Annual report on the working of the mental hospitals in the Madras Presidency - 1912-1932
Year: 1912
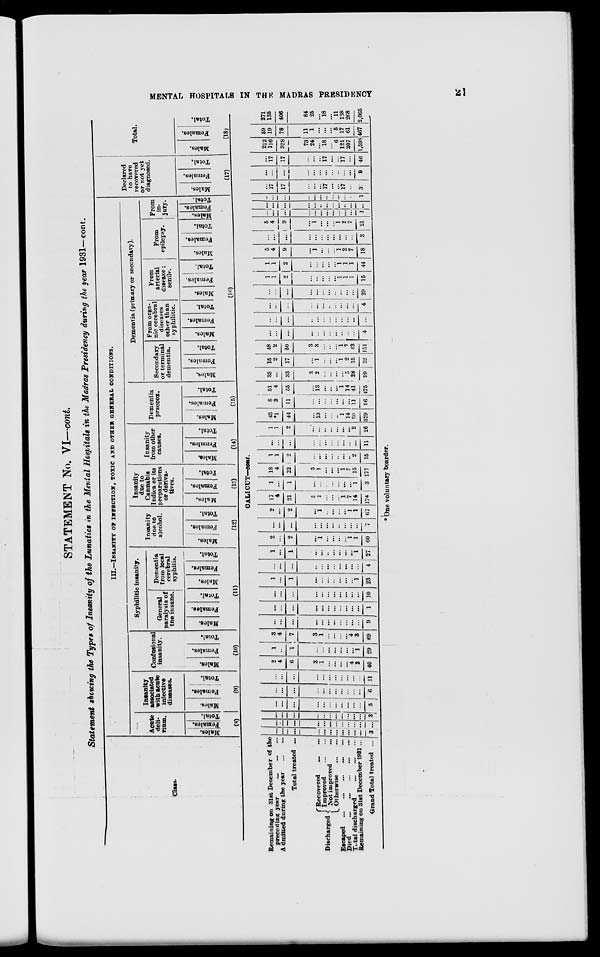
MENTAL HOSPITALS IN THE MADRAS PRESIDENCY
21
STATEMENT No. VI—cont.
Statement showing the Types of Insanity of the Lunatics in the Menial Hospitals in the Madras Presidency during the year 1931—cont.
Class.
III.—INSANITY OF INFECTION, TOXIC AND OTHER GENERAL CONDITIONS.
Acute
deli-
rium.
Males.
Females.
Total.
(8)
Insanity
associated
with acute
infective
diseases.
Males.
Females.
Total.
(9)
Confusional
insanity.
Males.
Females.
Total.
(10)
Syphilitic insanity.
General
paralysis of
the insane.
Males.
Females.
Total.
Dementia
from local
cerebral
syphilis.
Males.
Females.
Total.
(11)
Insanity
due to
alcohol.
Males.
Females.
Total.
(12)
Insanity
due to
Cannabis
Indica or its
preparations
or deriva-
tives.
Males.
Females.
Total.
(13)
Insanity
from other
causes.
Males.
Females.
Total.
(14)
Dementia
praecox.
Males.
Females.
Total.
(15)
Dementia (primary or secondary).
Secondary
or terminal
dementia.
Males.
Females.
Total.
From orga-
nic cerebral
diseases
other than
syphilitic.
Males.
Females.
Total.
From
arterial
disease;
senile.
Males.
Females.
Total.
From
epilepsy.
Males.
Females.
Total.
From
in-
jury.
Males.
Females.
Total.
(16)
Declared
to have
recovered
or not yet
diagnosed.
Males.
Females.
Total.
(17)
Total.
Males.
Females.
Total.
(18)
CALICUT—cont.
Remaining on 31st December of the
preceding year
...
...
...
Admitted during the year
...
...
Total treated ...
Discharged
Recovered ... ...
Improved
...
...
Not improved ... ...
Otherwise
...
...
Escaped ...
...
...
...
...
Died
...
...
...
...
Total discharged
...
...
...
Remaining on 31st December 1931 ...
Grand Total treated ...
...
...
...
...
...
...
...
...
...
...
...
3
...
...
...
...
...
...
...
...
...
...
...
...
...
...
...
...
...
...
...
...
...
...
...
3
...
...
...
...
...
...
...
...
...
...
...
...
...
...
...
...
...
...
...
...
...
...
6
...
...
...
...
...
...
...
...
...
...
11
2
4
6
3
1
...
...
...
4
2
40
1
...
1
...
...
...
...
...
...
...
1
29
3
4
7
3
1
...
...
...
...
4
3
69
...
...
...
...
...
...
...
...
...
...
...
9
...
...
...
...
...
...
...
...
...
1
...
...
...
...
...
...
...
...
...
...
...
10
1
...
1
...
...
...
-
...
...
—
1
23
...
...
...
...
...
...
...
...
...
...
4
1
...
1
...
...
...
...
...
1
27
2
...
2
...
1
...
...
...
...
1
1
60
...
...
...
...
...
...
...
..
...
...
...
7
2
...
2
...
1
...
...
...
. ..
1
1
67
17
4
21
5
1
...
...
...
1
7
14
174
1
...
1
...
...
...
...
...
...
...
1
3
18
4
22
5
1
...
...
...
1
7
15
177
1
1
2
...
...
...
...
...
...
...
2
15
...
...
...
...
...
...
...
...
...
...
...
11
1
1
2
...
...
...
...
...
...
...
2
26
43
*1
44
...
13
...
...
...
1
14
30
379
8
3
11
...
...
...
...
...
...
...
11
96
51
4
55
...
13
...
...
...
1
14
41
475
33
...
33
3
2
...
...
...
...
5
28
99
15
2
17
...
1
...
...
...
1
2
15
52
48
2
50
3
3
...
...
...
1
7
43
151
...
...
...
...
...
...
...
...
...
...
...
4
...
...
...
...
...
...
...
...
...
...
...
...
...
...
...
...
...
...
...
...
...
...
...
4
...
...
...
...
...
...
...
...
...
...
...
29
1
1
2
...
...
...
...
...
1
1
1
15
1
1
...
...
...
...
...
...
1
1
1
44
5
4
9
...
1
...
...
...
1
9,
7
18
...
...
...
...
. ..
...
...
...
...
...
...
3
5
4
9
...
1
. ..
...
...
1
2
7
21
...
...
...
...
...
...
...
...
...
...
...
1
...
...
...
...
...
...
...
...
... ...
...
...
...
...
...
...
...
...
...
...
...
...
...
1
...
17
17
...
...
...
17
...
...
17
...
37
...
...
...
...
...
...
...
...
...
...
...
9
...
17
17
...
...
...
17
...
...
17
...
46
212
116
328
73
24
...
18
...
6
121
207
1,598
59
19
78
11
1
...
...
...
5
17
61
467
271
135
406
84
25
...
18
...
11
138
208
2,065
* One voluntary boarder.